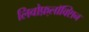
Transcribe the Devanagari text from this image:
लिवोफ़्लॉक्सिन